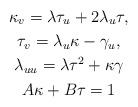
LaTeX: \begin{gather*}\kappa_{v}=\lambda\tau_{u}+2\lambda_{u}\tau,\\\tau_{v}=\lambda_{u}\kappa-\gamma_{u},\\\lambda_{uu}=\lambda\tau^{2}+\kappa\gamma\\A\kappa+B\tau=1\end{gather*}